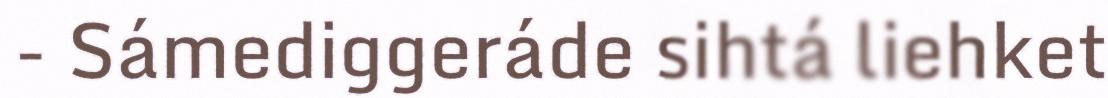
- Sámediggeráde sihtá liehket